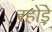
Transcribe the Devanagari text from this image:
रहोड़े